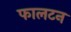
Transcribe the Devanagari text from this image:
फालटन